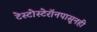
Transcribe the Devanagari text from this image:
टेस्टोस्टेरॉनपासूनही